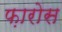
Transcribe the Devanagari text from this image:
फ़ारोस